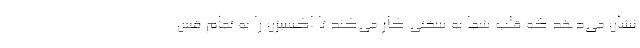
نشان می‌دهد که قلب شما به سختی کار می‌کند تا اکسیژن را به تمام قس